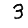
Digit: 3